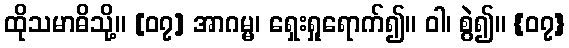
ထိုသမာဓိသို့။ [၀၇] အာဂမ္မ၊ ရှေးရှုရောက်၍။ ဝါ၊ စွဲ၍။ {၀၇}